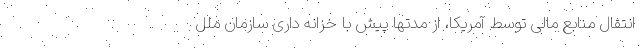
انتقال منابع مالی توسط آمریکا، از مدتها پیش با خزانه داری سازمان ملل